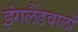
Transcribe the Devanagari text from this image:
इंगलैंडवालों